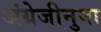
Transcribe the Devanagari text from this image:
अंग्रेजीनुमा